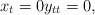
\begin{align*}x_t=0y_{tt}=0,\end{align*}